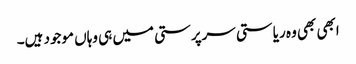
ابھی بھی وہ ریاستی سرپرستی میں ہی وہاں موجود ہیں۔